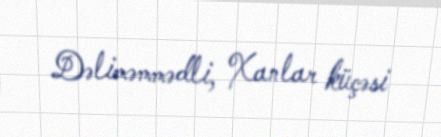
Dəliməmmədli, Xanlar küçəsi